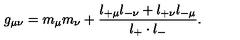
g _ { \mu \nu } = m _ { \mu } m _ { \nu } + \frac { l _ { + \mu } l _ { - \nu } + l _ { + \nu } l _ { - \mu } } { l _ { + } \cdot l _ { - } } .